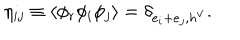
\eta _ { i j } \equiv \langle \phi _ { r } \phi _ { i } \phi _ { j } \rangle = \delta _ { e _ { i } + e _ { j } , h ^ { \vee } } .